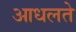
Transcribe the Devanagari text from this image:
आधलते